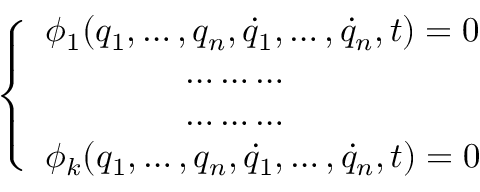
\left\{ \begin{array} { l l } { \phi _ { 1 } ( q _ { 1 } , \dots , q _ { n } , { \dot { q } } _ { 1 } , \dots , { \dot { q } } _ { n } , t ) = 0 } \\ { \qquad \qquad \dots \dots \dots } \\ { \qquad \qquad \dots \dots \dots } \\ { \phi _ { k } ( q _ { 1 } , \dots , q _ { n } , { \dot { q } } _ { 1 } , \dots , { \dot { q } } _ { n } , t ) = 0 } \end{array} \right.